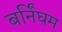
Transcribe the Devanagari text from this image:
बर्निंघम